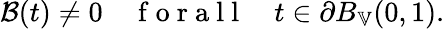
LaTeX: \mathcal{B}(t)\neq 0\quad\mathrm{~f~o~r~a~l~l~}\quad t\in\partial B_{\mathbb{V}}(0,1).